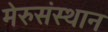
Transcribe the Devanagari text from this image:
मेरुसंस्थान